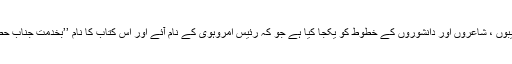
سید انیس شاہ جیلانی نے پچاس ادیبوں ، شاعروں اور دانشوروں کے خطوط کو یکجا کیا ہے جو کہ رئیس امروہوی کے نام آئے اور اس کتاب کا نام ’’بخدمت جناب حضرت رئیس امروہوی‘‘ رکھا ہے۔